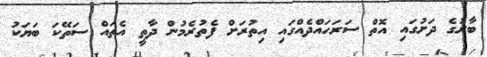
ބާރުގެ ދަށުގައި އޮތް ސަރަހައްދެއްގައި އިތުރަށް ފެތުރެމުން ދާތީ އެތައް ސަތޭކަ ބަޔަކު